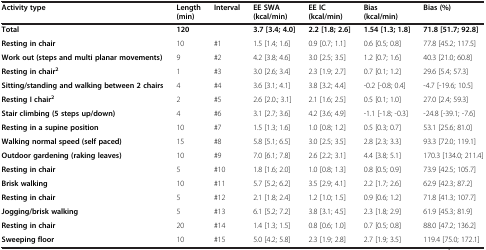
<table><thead><tr><td><b>Activity type</b></td><td><b>Length (min)</b></td><td><b>Interval</b></td><td><b>EE SWA (kcal/min)</b></td><td><b>EE IC (kcal/min)</b></td><td><b>Bias (kcal/min)</b></td><td><b>Bias (%)</b></td></tr></thead><tbody><tr><td><b>Total</b></td><td><b>120</b></td><td> </td><td><b>3.7 [3.4; 4.0]</b></td><td><b>2.2 [1.8; 2.6]</b></td><td><b>1.54 [1.3; 1.8]</b></td><td><b>71.8 [51.7; 92.8]</b></td></tr><tr><td><b>Resting in chair</b></td><td>10</td><td>#1</td><td>1.5 [1.4; 1.6]</td><td>0.9 [0.7; 1.1]</td><td>0.6 [0.5; 0.8]</td><td>77.8 [45.2; 117.5]</td></tr><tr><td><b>Work out (steps and multi planar movements)</b></td><td>9</td><td>#2</td><td>4.2 [3.8; 4.6]</td><td>3.0 [2.5; 3.5]</td><td>1.2 [0.7; 1.6]</td><td>40.3 [21.0; 60.8]</td></tr><tr><td><b>Resting in chair</b><sup><b>2</b></sup></td><td>1</td><td>#3</td><td>3.0 [2.6; 3.4]</td><td>2.3 [1.9; 2.7]</td><td>0.7 [0.1; 1.2]</td><td>29.6 [5.4; 57.3]</td></tr><tr><td><b>Sitting/standing and walking between 2 chairs</b></td><td>4</td><td>#4</td><td>3.6 [3.1; 4.1]</td><td>3.8 [3.2; 4.4]</td><td>-0.2 [-0.8; 0.4]</td><td>-4.7 [-19.6; 10.5]</td></tr><tr><td><b>Resting I chair</b><sup><b>2</b></sup></td><td>2</td><td>#5</td><td>2.6 [2.0.; 3.1]</td><td>2.1 [1.6; 2.5]</td><td>0.5 [0.1; 1.0]</td><td>27.0 [2.4; 59.3]</td></tr><tr><td><b>Stair climbing (5 steps up/down)</b></td><td>4</td><td>#6</td><td>3.1 [2.7; 3.6]</td><td>4.2 [3.6; 4.9]</td><td>-1.1 [-1.8; -0.3]</td><td>-24.8 [-39.1; -7.6]</td></tr><tr><td><b>Resting in a supine position</b></td><td>10</td><td>#7</td><td>1.5 [1.3; 1.6]</td><td>1.0 [0.8; 1.2]</td><td>0.5 [0.3; 0.7]</td><td>53.1 [25.6; 81.0]</td></tr><tr><td><b>Walking normal speed (self paced)</b></td><td>15</td><td>#8</td><td>5.8 [5.1; 6.5]</td><td>3.0 [2.5; 3.5]</td><td>2.8 [2.3; 3.3]</td><td>93.3 [72.0; 119.1]</td></tr><tr><td><b>Outdoor gardening (raking leaves)</b></td><td>10</td><td>#9</td><td>7.0 [6.1; 7.8]</td><td>2.6 [2.2; 3.1]</td><td>4.4 [3.8; 5.1]</td><td>170.3 [134.0; 211.4]</td></tr><tr><td><b>Resting in chair</b></td><td>5</td><td>#10</td><td>1.8 [1.6; 2.0]</td><td>1.0 [0.8; 1.3]</td><td>0.8 [0.5; 0.9]</td><td>73.9 [42.5; 105.7]</td></tr><tr><td><b>Brisk walking</b></td><td>10</td><td>#11</td><td>5.7 [5.2; 6.2]</td><td>3.5 [2.9; 4.1]</td><td>2.2 [1.7; 2.6]</td><td>62.9 [42.3; 87.2]</td></tr><tr><td><b>Resting in chair</b></td><td>5</td><td>#12</td><td>2.1 [1.8; 2.4]</td><td>1.2 [1.0; 1.5]</td><td>0.9 [0.6; 1.2]</td><td>71.8 [41.3; 107.7]</td></tr><tr><td><b>Jogging/brisk walking</b></td><td>5</td><td>#13</td><td>6.1 [5.2; 7.2]</td><td>3.8 [3.1; 4.5]</td><td>2.3 [1.8; 2.9]</td><td>61.9 [45.3; 81.9]</td></tr><tr><td><b>Resting in chair</b></td><td>20</td><td>#14</td><td>1.4 [1.3; 1.5]</td><td>0.8 [0.6; 1.0]</td><td>0.7 [0.5; 0.8]</td><td>88.0 [47.2; 136.2]</td></tr><tr><td><b>Sweeping floor</b></td><td>10</td><td>#15</td><td>5.0 [4.2; 5.8]</td><td>2.3 [1.9; 2.8]</td><td>2.7 [1.9; 3.5]</td><td>119.4 [75.0; 172.1]</td></tr></tbody></table>